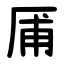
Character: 㕊